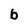
Character: b